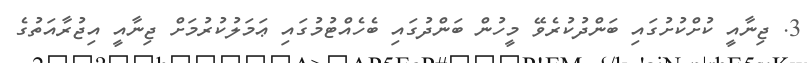
3. ޖިނާއީ ކުށްކުށުގައި ބަންދުކުރެވޭ މީހުން ބަންދުގައި ބެހެއްޓުމުގައި ޢަމަލުކުރުމަށް ޖިނާއީ އިޖުރާއަތުގެ